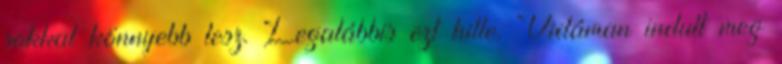
sokkal könnyebb lesz. Legalábbis ezt hitte. Vidáman indult meg